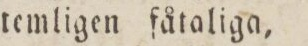
temligen fåtaliga,